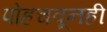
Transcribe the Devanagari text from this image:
पोहचवूनही